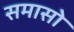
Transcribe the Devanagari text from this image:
समासो